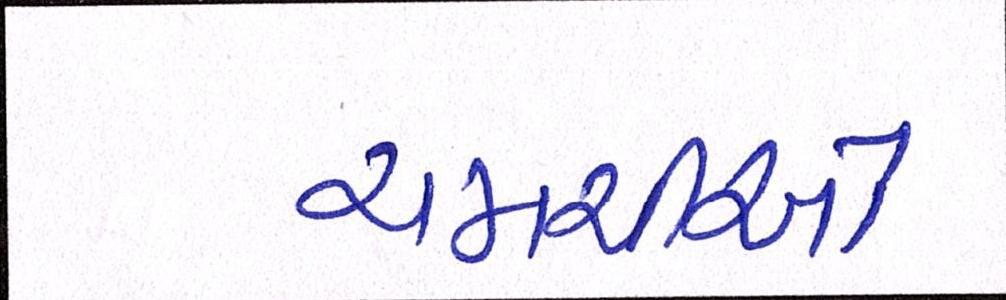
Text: ચમચીઓ